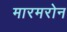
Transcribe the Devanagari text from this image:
मारमरोन